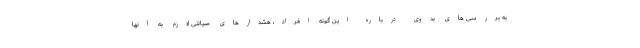
به بررسی های بدوی درباره این گونه افراد، هشدارهای صیانتی لازم به آنها